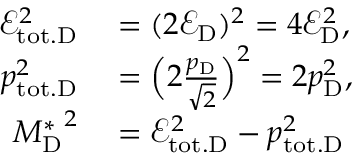
\begin{array} { r l } { \mathcal { E } _ { \mathrm { t o t . D } } ^ { 2 } } & { { } = ( 2 \mathcal { E } _ { \mathrm { D } } ) ^ { 2 } = 4 \mathcal { E } _ { \mathrm { D } } ^ { 2 } , } \\ { p _ { \mathrm { t o t . D } } ^ { 2 } } & { { } = \Big ( 2 \frac { p _ { \mathrm { D } } } { \sqrt 2 } \Big ) ^ { 2 } = 2 p _ { \mathrm { D } } ^ { 2 } , } \\ { { M _ { \mathrm { D } } ^ { * } } ^ { 2 } } & { { } = \mathcal { E } _ { \mathrm { t o t . D } } ^ { 2 } - p _ { \mathrm { t o t . D } } ^ { 2 } } \end{array}